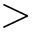
\mathrm { > }